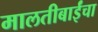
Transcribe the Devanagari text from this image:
मालतीबाईंचा